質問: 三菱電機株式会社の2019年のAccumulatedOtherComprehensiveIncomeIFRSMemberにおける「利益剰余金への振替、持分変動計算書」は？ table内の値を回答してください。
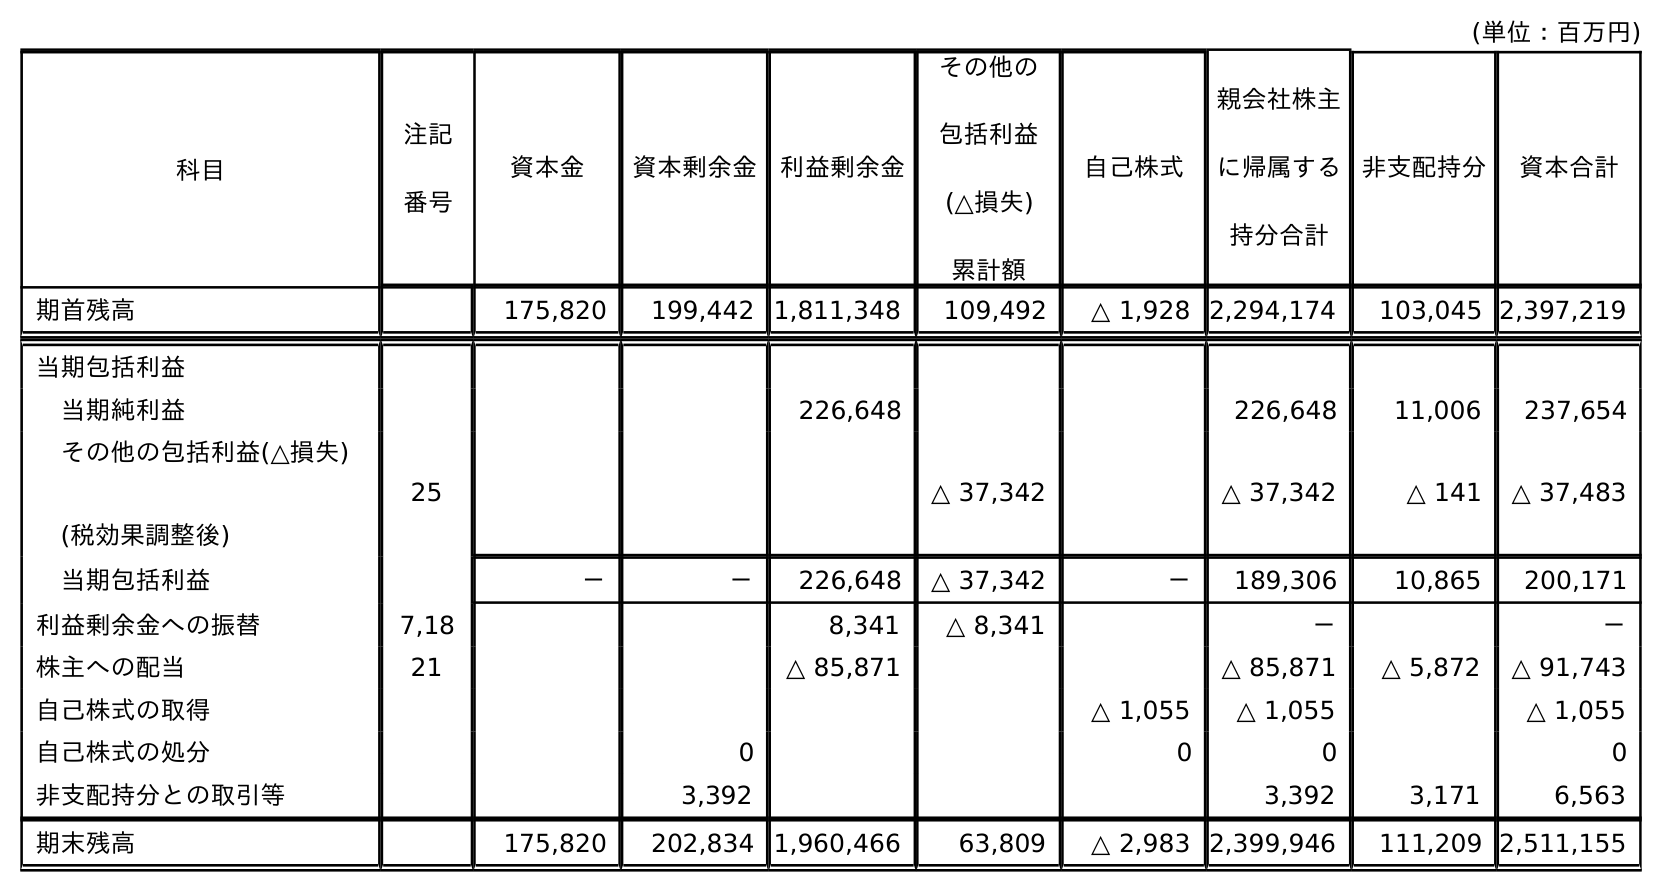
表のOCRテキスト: (単位：百万円) 科目 注記 番号 非支配持分 資本合計 資本金 資本剰余金 利益剰余金 その他の 包括利益 (△損失) 累計額 自己株式 親会社株主 に帰属する 持分合計 期首残高 175,820 199,442 1,811,348 109,492 △ 1,928 2,294,174 103,045 2,397,219 当期包括利益 当期純利益 226,648 226,648 11,006 237,654 その他の包括利益(△損失) (税効果調整後) 25 △ 37,342 △ 37,342 △ 141 △ 37,483 当期包括利益 － － 226,648 △ 37,342 － 189,306 10,865 200,171 利益剰余金への振替 7,18 8,341 △ 8,341 － － 株主への配当 21 △ 85,871 △ 85,871 △ 5,872 △ 91,743 自己株式の取得 △ 1,055 △ 1,055 △ 1,055 自己株式の処分 0 0 0 0 非支配持分との取引等 3,392 3,392 3,171 6,563 期末残高 175,820 202,834 1,960,466 63,809 △ 2,983 2,399,946 111,209 2,511,155
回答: △8,341